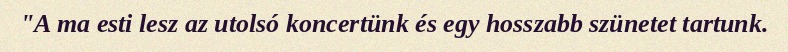
"A ma esti lesz az utolsó koncertünk és egy hosszabb szünetet tartunk.